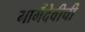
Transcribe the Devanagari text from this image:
मार्गैदेवीची